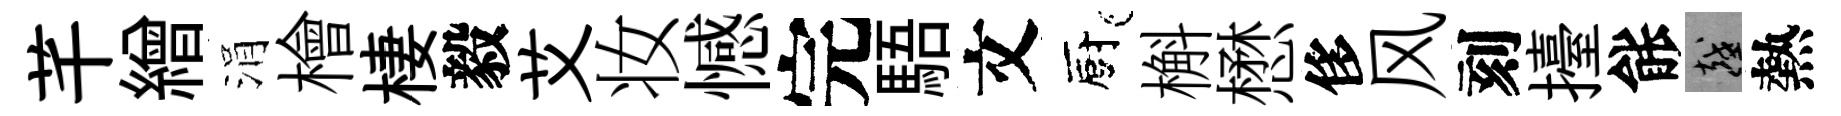
芊繒涓檜棲毅艾妆憾完䮏文廚槲懋侈风刻擡䏻越熱